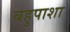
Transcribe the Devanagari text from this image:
बहुपाशा